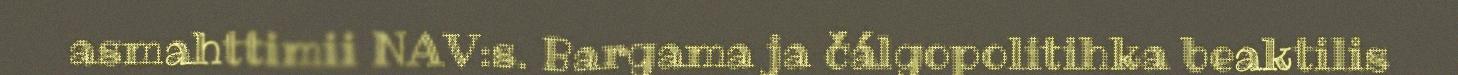
asmahttimii NAV:s. Bargama ja čálgopolitihka beaktilis